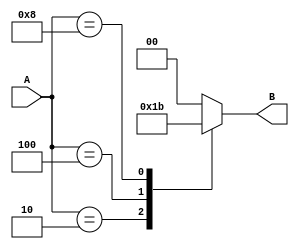
module OneHotToBinary (
    input [3:0] A,
    output reg [1:0] B
);

always @* begin
    case (A)
        4'b0001: B = 2'b00; // A[0] active
        4'b0010: B = 2'b01; // A[1] active
        4'b0100: B = 2'b10; // A[2] active
        4'b1000: B = 2'b11; // A[3] active
        default: B = 2'b00; // none or multiple bits active
    endcase
end

endmodule